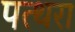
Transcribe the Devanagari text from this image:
पत्थरा